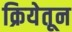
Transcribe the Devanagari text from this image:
क्रियेतून